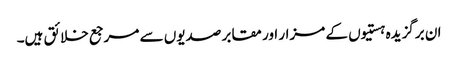
ان برگزیدہ ہستیوں کے مزار اور مقابر صدیوں سے مرجع خلائق ہیں۔